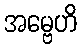
အမ္ဗေဟိ